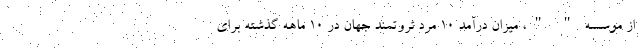
از موسسه " "، میزان درآمد 10 مرد ثروتمند جهان در 10 ماهه گذشته برای